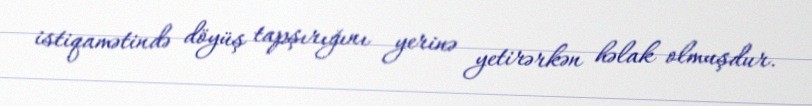
istiqamətində döyüş tapşırığını yerinə yetirərkən həlak olmuşdur.